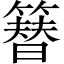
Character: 簮